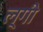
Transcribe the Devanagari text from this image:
ल्गी